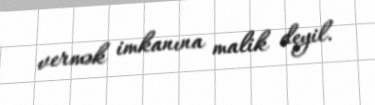
vermək imkanına malik deyil.